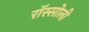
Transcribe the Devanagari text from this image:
रॉस्सोली